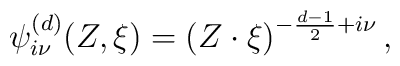
{\psi}_{i\nu}^{(d)} (Z ,\xi )= \left( {Z  \cdot {\xi}}\right)^{-\frac{d-1}{2} + i\nu },